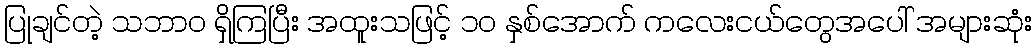
ပြုချင်တဲ့ သဘာဝ ရှိကြပြီး အထူးသဖြင့် ၁၀ နှစ်အောက် ကလေးငယ်တွေအပေါ် အများဆုံး